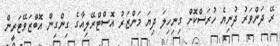
ރޭ ދަންވަރު ދުނިޔެ ހުރަސްކޮށް ގިނިހިލަ ދިޔަ މަންޒަރު އޮސްޓްރޭލިއާގެ ގިންގިން އޮބްޒަވޭޓަރީން